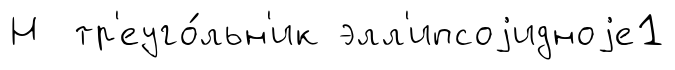
Н тр'еуго́льн'ик элл'ипсоjидноjе1